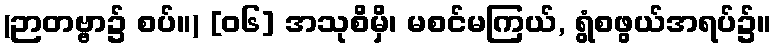
(ဉာတဗ္ဗာ၌ စပ်။) [၀၆] အသုစိမှိ၊ မစင်မကြယ်, ရွံစဖွယ်အရပ်၌။